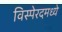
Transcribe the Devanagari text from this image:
विस्पेरदमध्ये